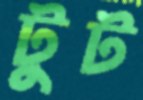
টুট